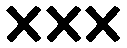
×××